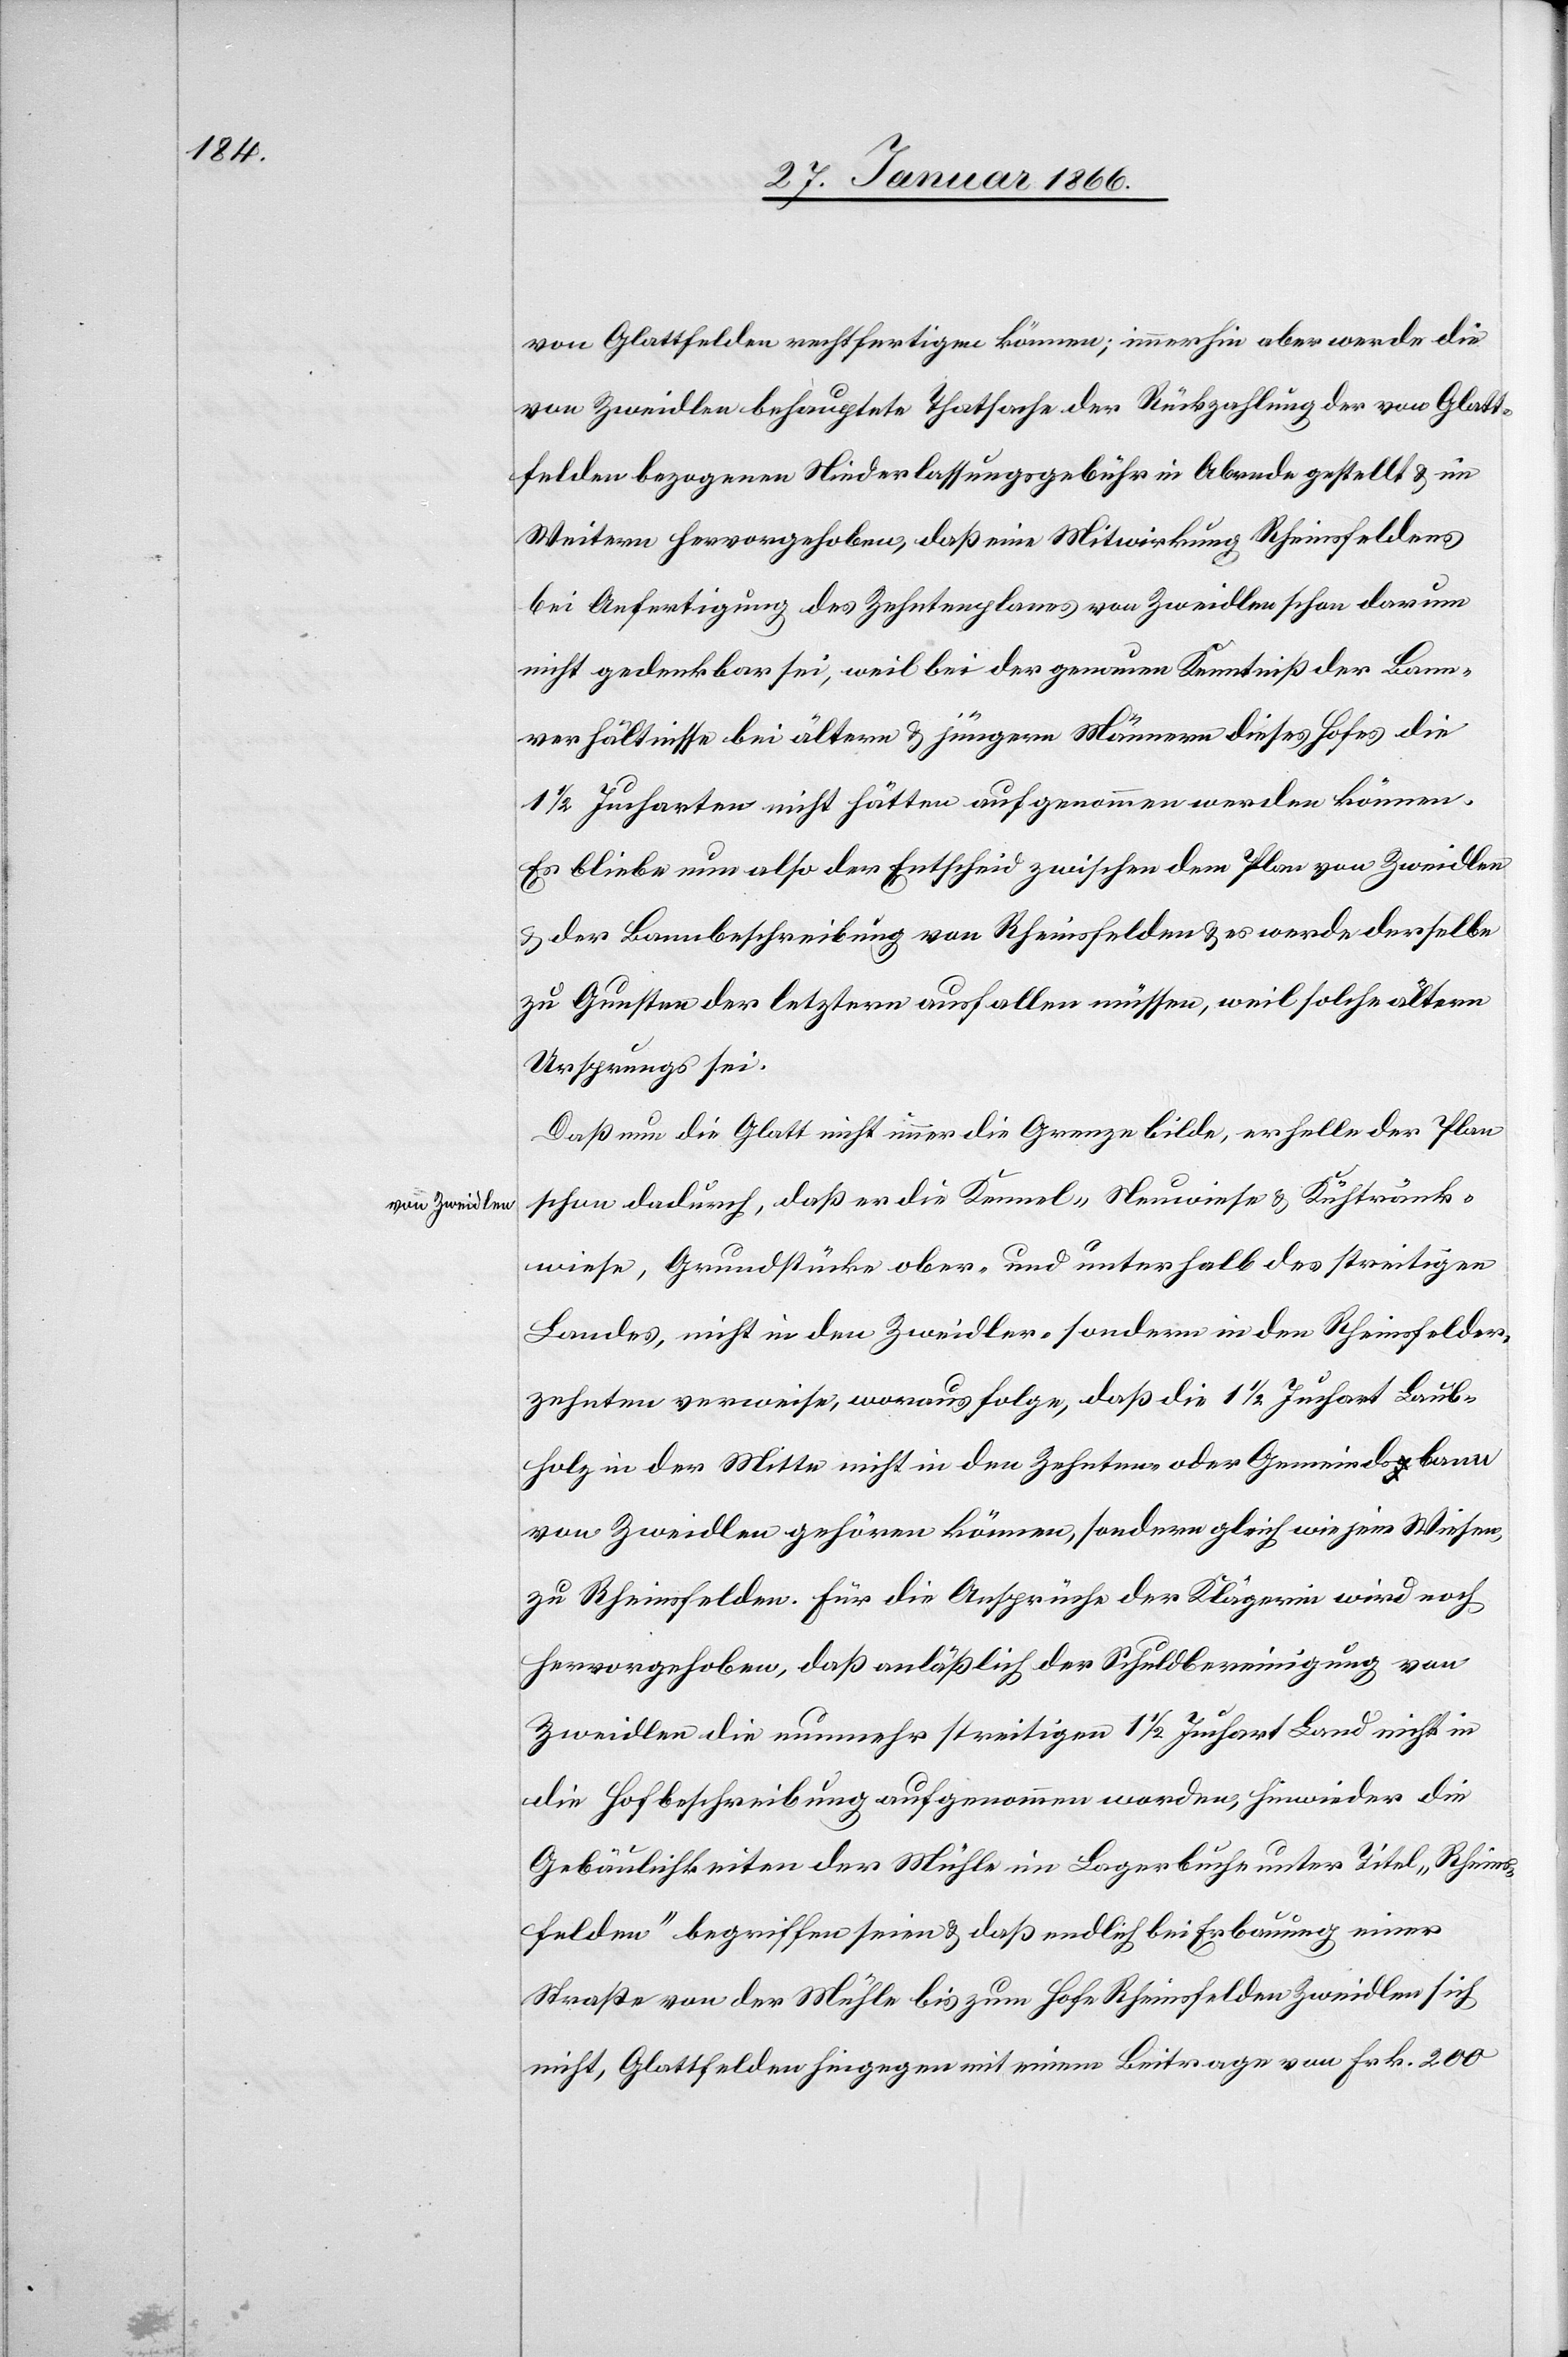
von Zweidlen

von Glattfelden rechtfertigen können; immerhin aber werde die
von Zweidlen behauptete Thatsache der Rückzahlung der von Glatt¬
felden bezogenen Niederlassungsgebühr in Abrede gestellt u. im
Weitern hervorgehoben, daß eine Mitwirkung Rheinsfeldens
bei Anfertigung des Zehntenplanes von Zweidlen schon darum
nicht gedenkbar sei, weil bei der genauen Kenntniß der Bann¬
verhältnisse bei ältern u. jüngern Männern dieses Hofes die
1½ Jucharten nicht hätten aufgenommen werden können.
Es bleibe nun also der Entscheid zwischen dem Plan von Zweidlen
u. der Bannbeschreibung von Rheinsfelden u. es werde derselbe
zu Gunsten der letztern ausfallen müssen, weil solche ältern
Ursprungs sei.
Daß nun die Glatt nicht immer die Grenze bilde, erhelle der Plan
schon dadurch, daß er die Kennel-, Neuwiese u. Kühtränk¬
wiese, Grundstücke ober- und unterhalb des streitigen
Landes, nicht in den Zweidler, sondern in den Rheinsfelder
Zehnten verweise, woraus folge, daß die 1½ Juchart Laub¬
holz in der Mitte nicht in den Zehnten oder Gemeindsbann
von Zweidlen gehören können, sondern gleich wie jene Wiesen,
zu Rheinsfelden. Für die Ansprüche der Klägerin wird noch
hervorgehoben, daß anläßlich der Schuldbereinigung von
Zweidlen die nunmehr streitigen 1½ Juchart Land nicht in
die Hofbeschreibung aufgenommen worden, hinwieder die
Gebäulichkeiten der Mühle im Lagerbuche unter Titel „Rheins¬
felden“ begriffen seien u. daß endlich bei Erbauung einer
Straße von der Mühle bis zum Hofe Rheinsfelden Zweidlen sich
nicht, Glattfelden hingegen mit einem Beitrage von Frk. 200